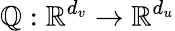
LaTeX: \mathbb{Q}:\mathbb{{R}}^{d_{v}}\rightarrow\mathbb{{R}}^{d_{u}}